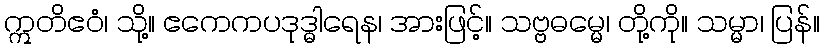
ဣတိဧဝံ၊ သို့။ ဧကေကပဒုဒ္ဓါရေန၊ အားဖြင့်။ သဗ္ဗဓမ္မေ၊ တို့ကို။ သမ္မာ၊ ပြန်။